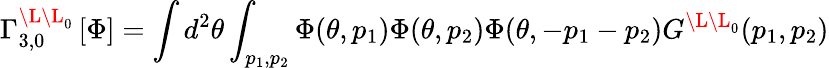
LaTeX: \Gamma_{3,0}^{\L\L_{0}}\left[\Phi\right]=\int d^{2}\theta\int_{p_{1},p_{2}}\Phi(\theta,p_{1})\Phi(\theta,p_{2})\Phi(\theta,-p_{1}-p_{2})G^{\L\L_{0}}(p_{1},p_{2})